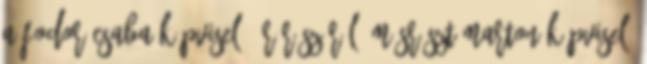
a Fodor Csaba képviselő úr részéről, másrészt Marton képviselő